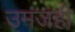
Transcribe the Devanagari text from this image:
उमजही